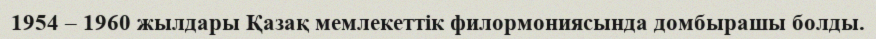
1954 – 1960 жылдары Қазақ мемлекеттік филормониясында домбырашы болды.